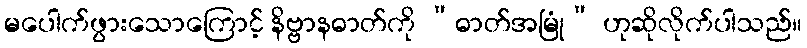
မပေါက်ဖွားသောကြောင့် နိဗ္ဗာနဓာတ်ကို “ဓာတ်အမြုံ” ဟုဆိုလိုက်ပါသည်။